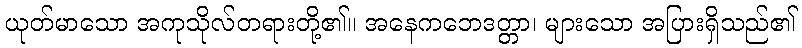
ယုတ်မာသော အကုသိုလ်တရားတို့၏။ အနေကဘေဒတ္တာ၊ များသော အပြားရှိသည်၏